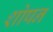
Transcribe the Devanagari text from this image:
शोषन